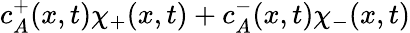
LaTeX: c_{A}^{+}(x,t)\chi_{+}(x,t)+c_{A}^{-}(x,t)\chi_{-}(x,t)